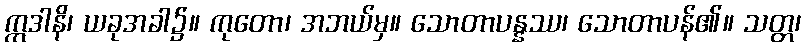
ဣဒါနိ၊ ယခုအခါ၌။ ကုတော၊ အဘယ်မှ။ သောတာပန္နဿ၊ သောတာပန်၏။ သတ္တ၊